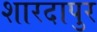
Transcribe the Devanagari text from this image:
शारदापुर